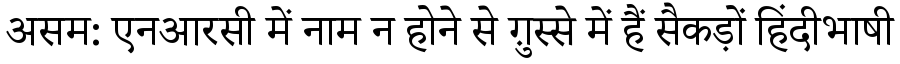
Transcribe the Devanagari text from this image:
असम: एनआरसी में नाम न होने से ग़ुस्से में हैं सैकड़ों हिंदीभाषी